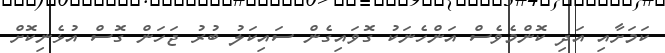
ކަމަށާއި އަދި ކޮންމެވެސް އަންހެނަކު ގޮވައިގެން ސައިކަލު ބުރު ޖަހަން ގޮސް އުޅެނިކޮށް